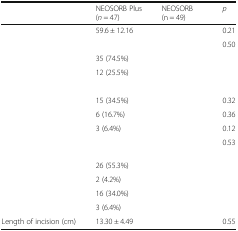
<table><thead><tr><td>[EMPTY_CELL]</td><td><b>NEOSORB Plus (<i>n</i> = 47)</b></td><td><b>NEOSORB (n = 49)</b></td><td><b><i>p</i></b></td></tr></thead><tbody><tr><td>[EMPTY_CELL]</td><td>59.6 ± 12.16</td><td>[EMPTY_CELL]</td><td>0.21</td></tr><tr><td>[EMPTY_CELL]</td><td>[EMPTY_CELL]</td><td>[EMPTY_CELL]</td><td>0.50</td></tr><tr><td>[EMPTY_CELL]</td><td>35 (74.5%)</td><td>[EMPTY_CELL]</td><td>[EMPTY_CELL]</td></tr><tr><td>[EMPTY_CELL]</td><td>12 (25.5%)</td><td>[EMPTY_CELL]</td><td>[EMPTY_CELL]</td></tr><tr><td colspan="4">[EMPTY_CELL]</td></tr><tr><td>[EMPTY_CELL]</td><td>15 (34.5%)</td><td>[EMPTY_CELL]</td><td>0.32</td></tr><tr><td>[EMPTY_CELL]</td><td>6 (16.7%)</td><td>[EMPTY_CELL]</td><td>0.36</td></tr><tr><td>[EMPTY_CELL]</td><td>3 (6.4%)</td><td>[EMPTY_CELL]</td><td>0.12</td></tr><tr><td>[EMPTY_CELL]</td><td>[EMPTY_CELL]</td><td>[EMPTY_CELL]</td><td>0.53</td></tr><tr><td>[EMPTY_CELL]</td><td>26 (55.3%)</td><td>[EMPTY_CELL]</td><td>[EMPTY_CELL]</td></tr><tr><td>[EMPTY_CELL]</td><td>2 (4.2%)</td><td>[EMPTY_CELL]</td><td>[EMPTY_CELL]</td></tr><tr><td>[EMPTY_CELL]</td><td>16 (34.0%)</td><td>[EMPTY_CELL]</td><td>[EMPTY_CELL]</td></tr><tr><td>[EMPTY_CELL]</td><td>3 (6.4%)</td><td>[EMPTY_CELL]</td><td>[EMPTY_CELL]</td></tr><tr><td>Length of incision (cm)</td><td>13.30 ± 4.49</td><td>[EMPTY_CELL]</td><td>0.55</td></tr></tbody></table>